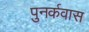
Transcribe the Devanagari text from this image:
पुनर्कवास